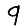
Digit: 9